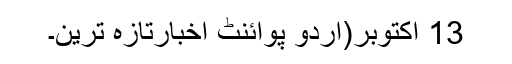
13 اکتوبر(اُردو پوائنٹ اخبارتازہ ترین۔